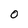
Character: 0